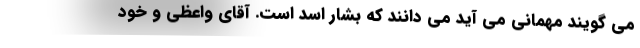
می گویند مهمانی می آید می دانند که بشار اسد است. آقای واعظی و خود